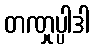
တဏှုပ္ပါဒါ